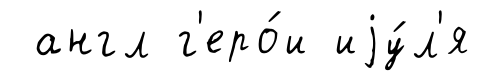
англ г'еро́и иjу́л'я